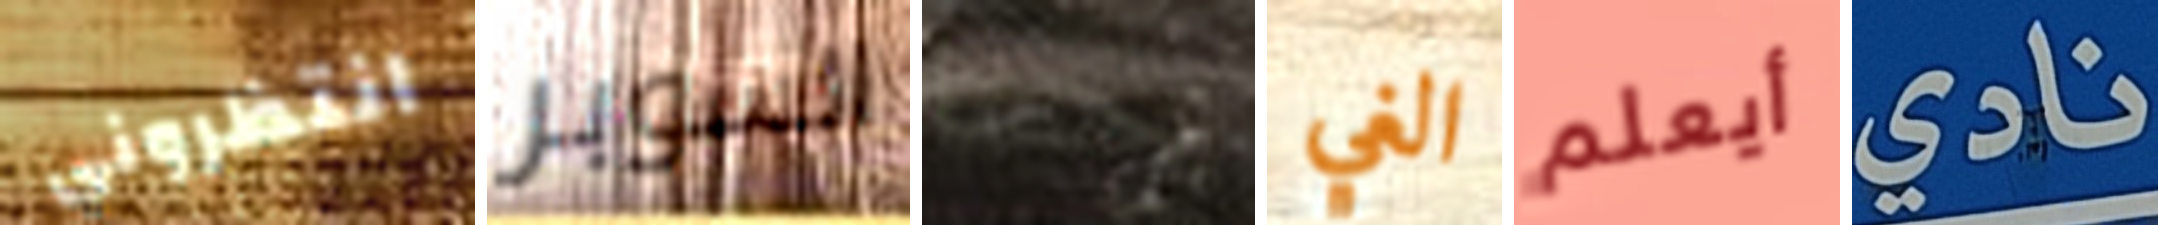
انتظروني السوبر حسنا الغي أيعلم نادي